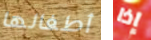
أطفالها إذا